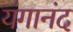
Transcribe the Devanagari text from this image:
यंगानंद